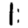
Digit: 1